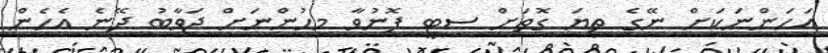
އަހަންނަކަށް ނޭގެ ތިޔަ ގޮތަށް ސިޓީ ފޮނުވާ މީހުންނަށް ޖަވާބު ދޭނެ އެހެން